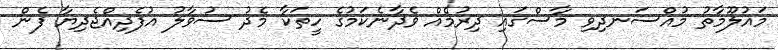
މައުލޫމާތު މުއްސަނދިވި މާސްގައި ދިރުމެއް ވެދާނެކަމުގެ ހީތަކާ މެދު ސުވާލު އުފެދިއްޖެދިޔާ ފެން